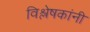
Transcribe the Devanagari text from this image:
विश्लेषकांनी